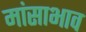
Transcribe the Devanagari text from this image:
मांसाभाव